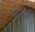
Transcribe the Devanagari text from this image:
पासार